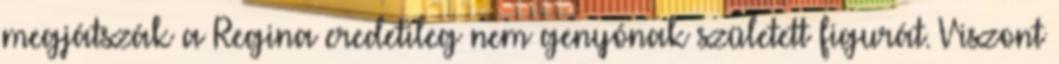
megjátszák a Regina eredetileg nem genyónak született figurát. Viszont